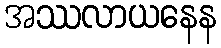
အဿလာယနေန